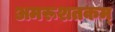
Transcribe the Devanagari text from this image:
अमरूशतकम्